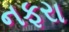
નફરા